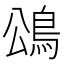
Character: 䲲